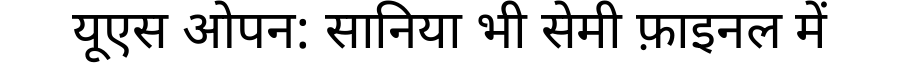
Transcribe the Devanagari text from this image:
यूएस ओपन: सानिया भी सेमी फ़ाइनल में